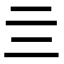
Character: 亖